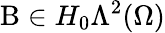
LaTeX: \mathrm{B}\in H_{0}\Lambda^{2}(\Omega)